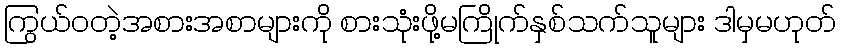
ကြွယ်ဝတဲ့အစားအစာများကို စားသုံးဖို့မကြိုက်နှစ်သက်သူများ ဒါမှမဟုတ်